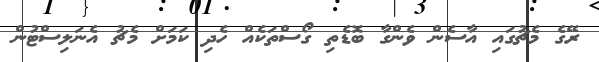
ރޭގެ މެޗުގައި އާސެން ވެންގާ ބޮޑެތި ގޯސްތަކެއް ހެދި ކަމަށް މެޗު އެނަލިސްޓުން